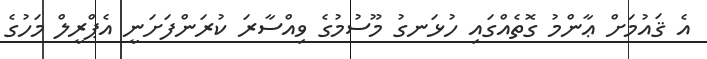
އެ ޤައުމަށް ޢާންމު ގޮތެއްގައި ހުޅަނގު މޫސުމުގެ ވިއްސާރަ ކުރަންފަށަނީ އެޕްރީލް މަހުގެ